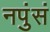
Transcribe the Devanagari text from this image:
नपुंसं